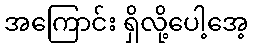
အကြောင်း ရှိလို့ပေါ့အေ့